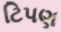
ટિપણ